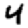
Digit: 4